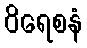
ဝိရေစနံ